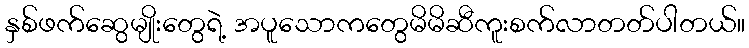
နှစ်ဖက်ဆွေမျိုးတွေရဲ့ အပူသောကတွေမိမိဆီကူးစက်လာတတ်ပါတယ်။